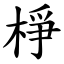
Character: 棦